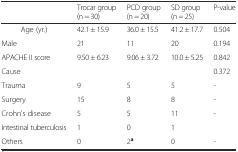
|  | Trocar group (n = 30) | PCD group (n = 20) | SD group (n = 25) | P-value |
 | --- | --- | --- | --- | --- |
 | Age (yr.) | 42.1 ± 15.9 | 36.0 ± 15.5 | 41.2 ± 17.7 | 0.504 |
 | Male | 21 | 11 | 20 | 0.194 |
 | APACHE II score | 9.50 ± 6.23 | 9.06 ± 3.72 | 10.0 ± 5.25 | 0.842 |
 | Cause |  |  |  | 0.372 |
 | Trauma | 9 | 5 | 5 | - |
 | Surgery | 15 | 8 | 8 | - |
 | Crohn’s disease | 5 | 5 | 11 | - |
 | Intestinal tuberculosis | 1 | 0 | 1 |  |
 | Others | 0 | 2a | 0 | - |